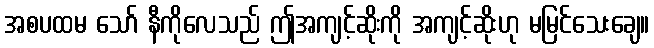
အစပထမ သော် နီကိုလေသည် ဤအကျင့်ဆိုးကို အကျင့်ဆိုးဟု မမြင်သေးချေ။